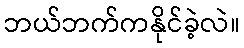
ဘယ်ဘက်ကနိုင်ခဲ့လဲ။